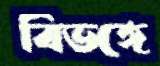
বিভঙ্গে